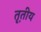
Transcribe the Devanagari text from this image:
त़ृतीय